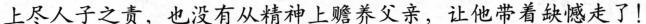
上尽人子之责，也没有从精神上赡养父亲，让他带着缺憾走了！